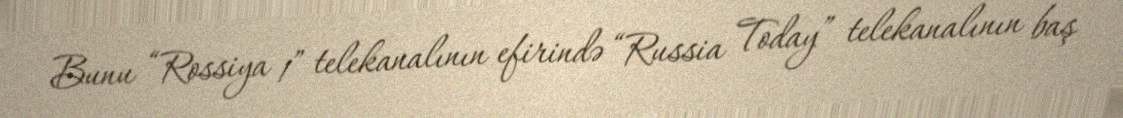
Bunu “Rossiya 1” telekanalının efirində “Russia Today” telekanalının baş